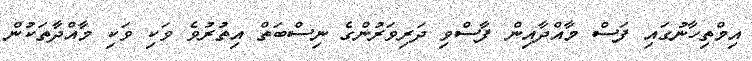
އިމްތިހާނުގައި ފަސް މާއްދާއިން ފާސްވި ދަރިވަރުންގެ ނިސްބަތް އިތުރުވެ ވަކި ވަކި މާއްދާތަކުން